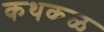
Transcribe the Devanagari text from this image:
कथकळ